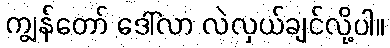
ကျွန်တော် ဒေါ်လာ လဲလှယ်ချင်လို့ပါ။